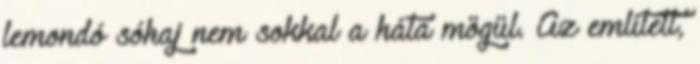
lemondó sóhaj nem sokkal a háta mögül. Az említett,